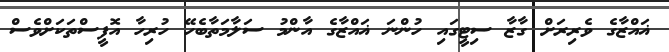
ޣައްޒާގެ ވެރިރަށް ގާޒާ ސިޓީގައި ހުންނަ ޣައްޒާގެ އާންމު ސަލާމަތާބެހޭ ހުރިހާ އޮފީސްތަކަށްވެސް